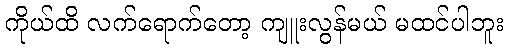
ကိုယ်ထိ လက်ရောက်တော့ ကျူးလွန်မယ် မထင်ပါဘူး